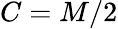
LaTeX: C=M/2